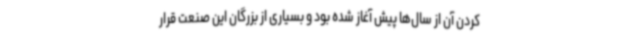
کردن آن از سال‌ها پیش آغاز شده بود و بسیاری از بزرگان این صنعت قرار